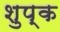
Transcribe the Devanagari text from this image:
शुप्क